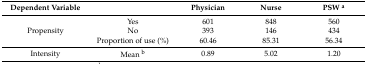
<table><thead><tr><td><b>Dependent Variable</b></td><td></td><td><b>Physician</b></td><td><b>Nurse</b></td><td><b>PSW <sup>a</sup></b></td></tr></thead><tbody><tr><td rowspan="3">Propensity</td><td>Yes</td><td>601</td><td>848</td><td>560</td></tr><tr><td>No</td><td>393</td><td>146</td><td>434</td></tr><tr><td>Proportion of use (%)</td><td>60.46</td><td>85.31</td><td>56.34 </td></tr><tr><td>Intensity</td><td>Mean <sup>b</sup></td><td>0.89</td><td>5.02</td><td>1.20 </td></tr></tbody></table>